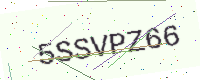
Text: 5SSVPZ66